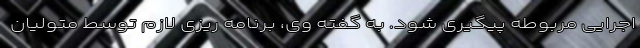
اجرایی مربوطه پیگیری شود. به گفته وی، برنامه ریزی لازم توسط متولیان